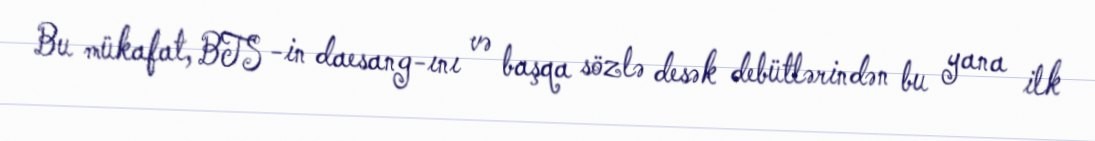
Bu mükafat, BTS -in daesang-ını və başqa sözlə desək debütlərindən bu yana ilk